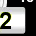
Digit: 2